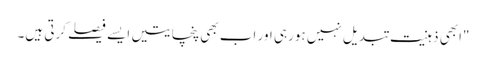
"ابھی ذہنیت تبدیل نہیں ہورہی اور اب بھی پنچایتیں ایسے فیصلے کرتی ہیں۔